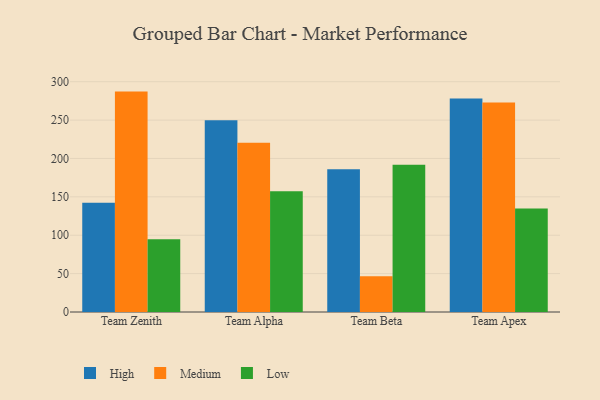
{"axis": {"x": "Team", "y": "Population (Million)"}, "legend": ["High", "Low", "Medium"], "data": [{"x": "Team Zenith", "y": 142.2, "type": "High"}, {"x": "Team Zenith", "y": 287.1, "type": "Medium"}, {"x": "Team Zenith", "y": 94.7, "type": "Low"}, {"x": "Team Alpha", "y": 249.9, "type": "High"}, {"x": "Team Alpha", "y": 220.4, "type": "Medium"}, {"x": "Team Alpha", "y": 157.2, "type": "Low"}, {"x": "Team Beta", "y": 185.9, "type": "High"}, {"x": "Team Beta", "y": 46.6, "type": "Medium"}, {"x": "Team Beta", "y": 191.9, "type": "Low"}, {"x": "Team Apex", "y": 278.2, "type": "High"}, {"x": "Team Apex", "y": 272.9, "type": "Medium"}, {"x": "Team Apex", "y": 134.9, "type": "Low"}]}